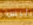
ليس